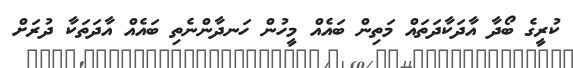
ކުރީގެ ބޯދާ އާދަކާދަތައް މަތިން ބައެއް މީހުން ހަނދާންނެތި ބައެއް އާދަތަކާ ދުރަށް